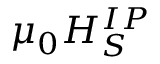
\mu _ { 0 } H _ { S } ^ { I P }